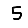
Digit: 5